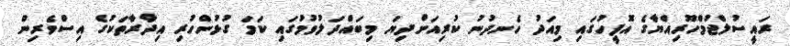
ރައީސުލްޖުމްހޫރިއްޔާގެ އޮފީހުގައި މިއަދު ހެނދުނު ކުރިއަށްދިޔަ މިބައްދަލުވުމުގައި ކަމަ ގުޅުންހުރި އިދާރާތަކުގެ އިސްވެރިން